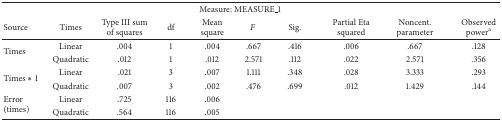
<table><thead><tr><td colspan="10"><b>Measure: MEASURE_1</b></td></tr><tr><td><b>Source </b></td><td><b>Times</b></td><td><b>Type III sum of squares</b></td><td><b>df</b></td><td><b>Mean square</b></td><td><b><i>F</i></b></td><td><b>Sig.</b></td><td><b>Partial Eta squared</b></td><td><b>Noncent. parameter</b></td><td><b>Observed power<sup>a</sup></b></td></tr></thead><tbody><tr><td rowspan="2">Times</td><td>Linear</td><td>.004</td><td>1</td><td>.004</td><td>.667</td><td>.416</td><td>.006</td><td>.667</td><td>.128</td></tr><tr><td>Quadratic</td><td>.012</td><td>1</td><td>.012</td><td>2.571</td><td>.112</td><td>.022</td><td>2.571</td><td>.356</td></tr><tr><td rowspan="2">Times <i>∗</i> 1</td><td>Linear</td><td>.021</td><td>3</td><td>.007</td><td>1.111</td><td>.348</td><td>.028</td><td>3.333</td><td>.293</td></tr><tr><td>Quadratic</td><td>.007</td><td>3</td><td>.002</td><td>.476</td><td>.699</td><td>.012</td><td>1.429</td><td>.144</td></tr><tr><td rowspan="2">Error (times)</td><td>Linear</td><td>.725</td><td>116</td><td>.006</td><td>[EMPTY_CELL]</td><td>[EMPTY_CELL]</td><td>[EMPTY_CELL]</td><td>[EMPTY_CELL]</td><td>[EMPTY_CELL]</td></tr><tr><td>Quadratic</td><td>.564</td><td>116</td><td>.005</td><td>[EMPTY_CELL]</td><td>[EMPTY_CELL]</td><td>[EMPTY_CELL]</td><td>[EMPTY_CELL]</td><td>[EMPTY_CELL]</td></tr></tbody></table>